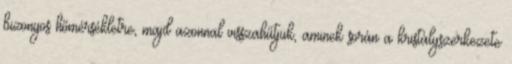
bizonyos hőmérsékletre, majd azonnal visszahűtjük, aminek során a kristályszerkezete